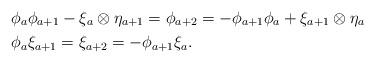
LaTeX: \begin{align*}&\phi_a\phi_{a+1}-\xi_a\otimes\eta_{a+1}=\phi_{a+2}=-\phi_{a+1}\phi_a+\xi_{a+1}\otimes\eta_a \\&\phi_a\xi_{a+1}=\xi_{a+2}=-\phi_{a+1}\xi_a.\end{align*}